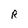
Character: R